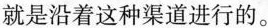
就是沿着这种渠道进行的。